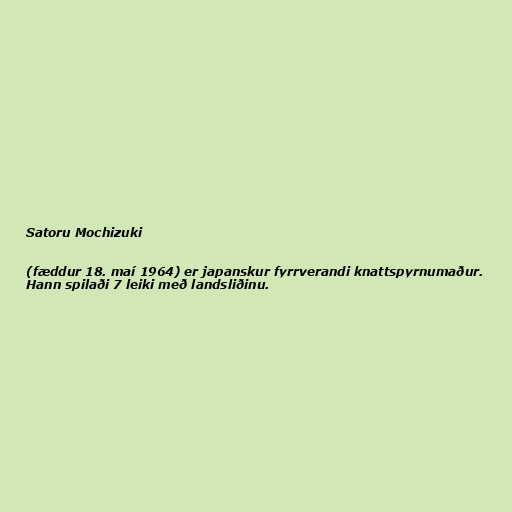
Satoru Mochizuki

(fæddur 18. maí 1964) er japanskur fyrrverandi knattspyrnumaður.
Hann spilaði 7 leiki með landsliðinu.